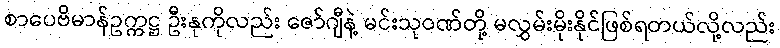
စာပေဗိမာန်ဥက္ကဋ္ဌ ဦးနုကိုလည်း ဇော်ဂျီနဲ့ မင်းသုဝဏ်တို့ မလွှမ်းမိုးနိုင်ဖြစ်ရတယ်လို့လည်း